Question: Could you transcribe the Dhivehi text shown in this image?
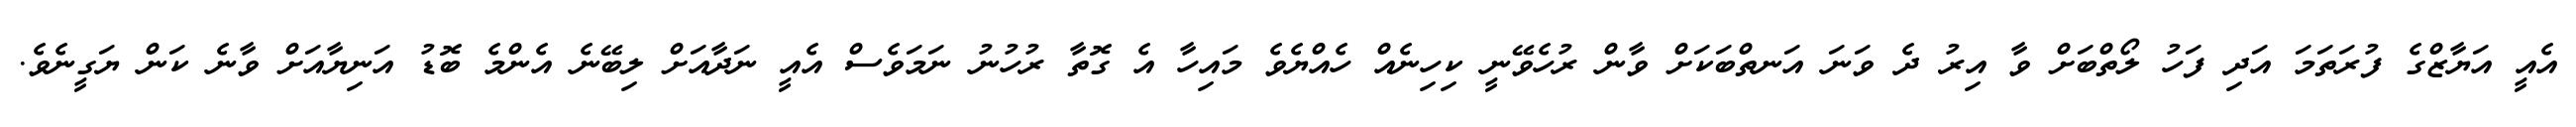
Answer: އެއީ އަޔާޒްގެ ފުރަތަމަ އަދި ފަހު ލޯތްބަށް ވާ އިރު ދެ ވަނަ އަނތްބަކަށް ވާން ރުހެވޭނީ ކިހިނެއް ހެއްޔެވެ މައިހާ އެ ގޮތާ ރުހުނު ނަމަވެސް އެއީ ނަދާއަށް ލިބޭނެ އެންމެ ބޮޑު އަނިޔާއަށް ވާނެ ކަން ޔަގީނެވެ.